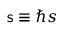
{ \sf s } \equiv \hbar s